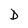
Character: D